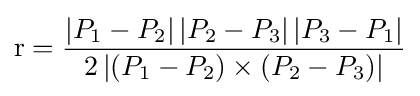
\mathrm {r} ={\frac {\left|P_{1}-P_{2}\right|\left|P_{2}-P_{3}\right|\left|P_{3}-P_{1}\right|}{2\left|\left(P_{1}-P_{2}\right)\times \left(P_{2}-P_{3}\right)\right|}}